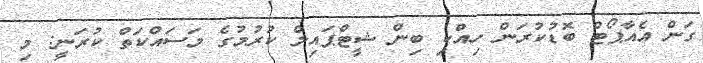
ގަން އެއާޕޯޓް ބޮޑުކުރަން ހިއްކި ބިން ޝީޓްޕައިލް ކުރުމުގެ މަސައްކަތް ކުރަނީ: މި